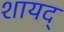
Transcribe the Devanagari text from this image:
शायद्